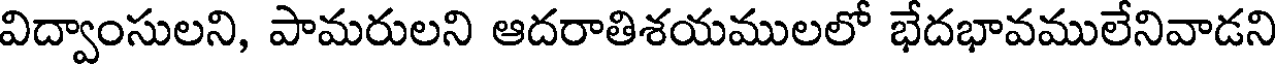
విద్వాంసులని, పామరులని ఆదరాతిశయములలో భేదభావములేనివాడని